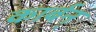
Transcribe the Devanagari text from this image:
कार्बन्